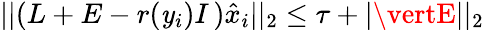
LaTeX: \vert\vert(L+E-r(\mathit{y}_{i})I\, )\hat{{x}}_{i}\vert\vert_{2}\leq\tau+\vert\vertE\vert\vert_{2}